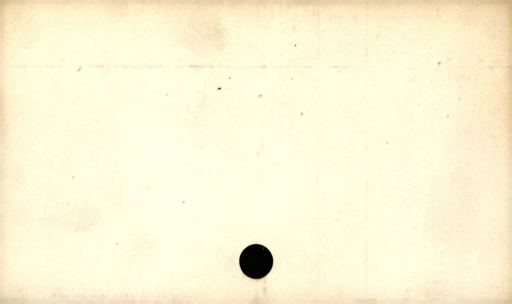
Label: blank